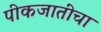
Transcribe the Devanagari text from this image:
पीकजातींचा